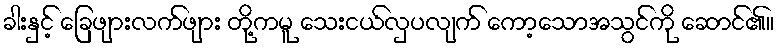
ခါးနှင့် ခြေဖျားလက်ဖျား တို့ကမူ သေးငယ်လှပလျက် ကော့သောအသွင်ကို ဆောင်၏။